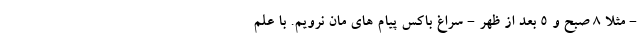
- مثلاً 8 صبح و 5 بعد از ظهر - سراغ باکس پیام های مان نرویم. با علم